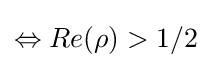
\Leftrightarrow Re(\rho )>1/2